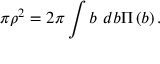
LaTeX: \pi \rho ^ { 2 } = 2 \pi \int b ~ d b \Pi \left( b \right) .